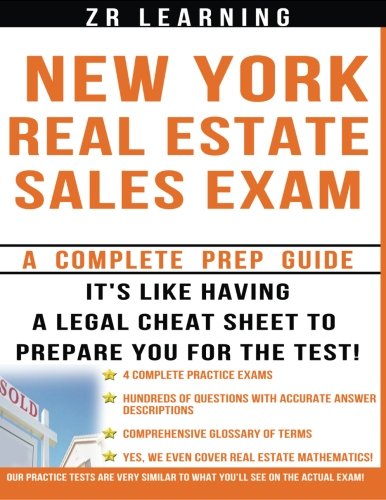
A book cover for New York Real Estate Exam: A Complete Prep Guide; ZR Learning; Business & Money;